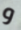
و